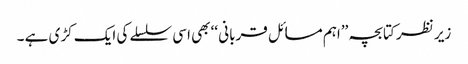
زیر نظر کتابچہ ’’اہم مسائل قربانی ‘‘ بھی اسی سلسلے کی ایک کڑی ہے ۔